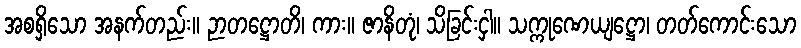
အစရှိသော အနက်တည်း။ ဉာတဋ္ဌောတိ၊ ကား။ ဇာနိတုံ၊ သိခြင်းငှါ။ သက္ကုဏေယျဋ္ဌော၊ တတ်ကောင်းသော